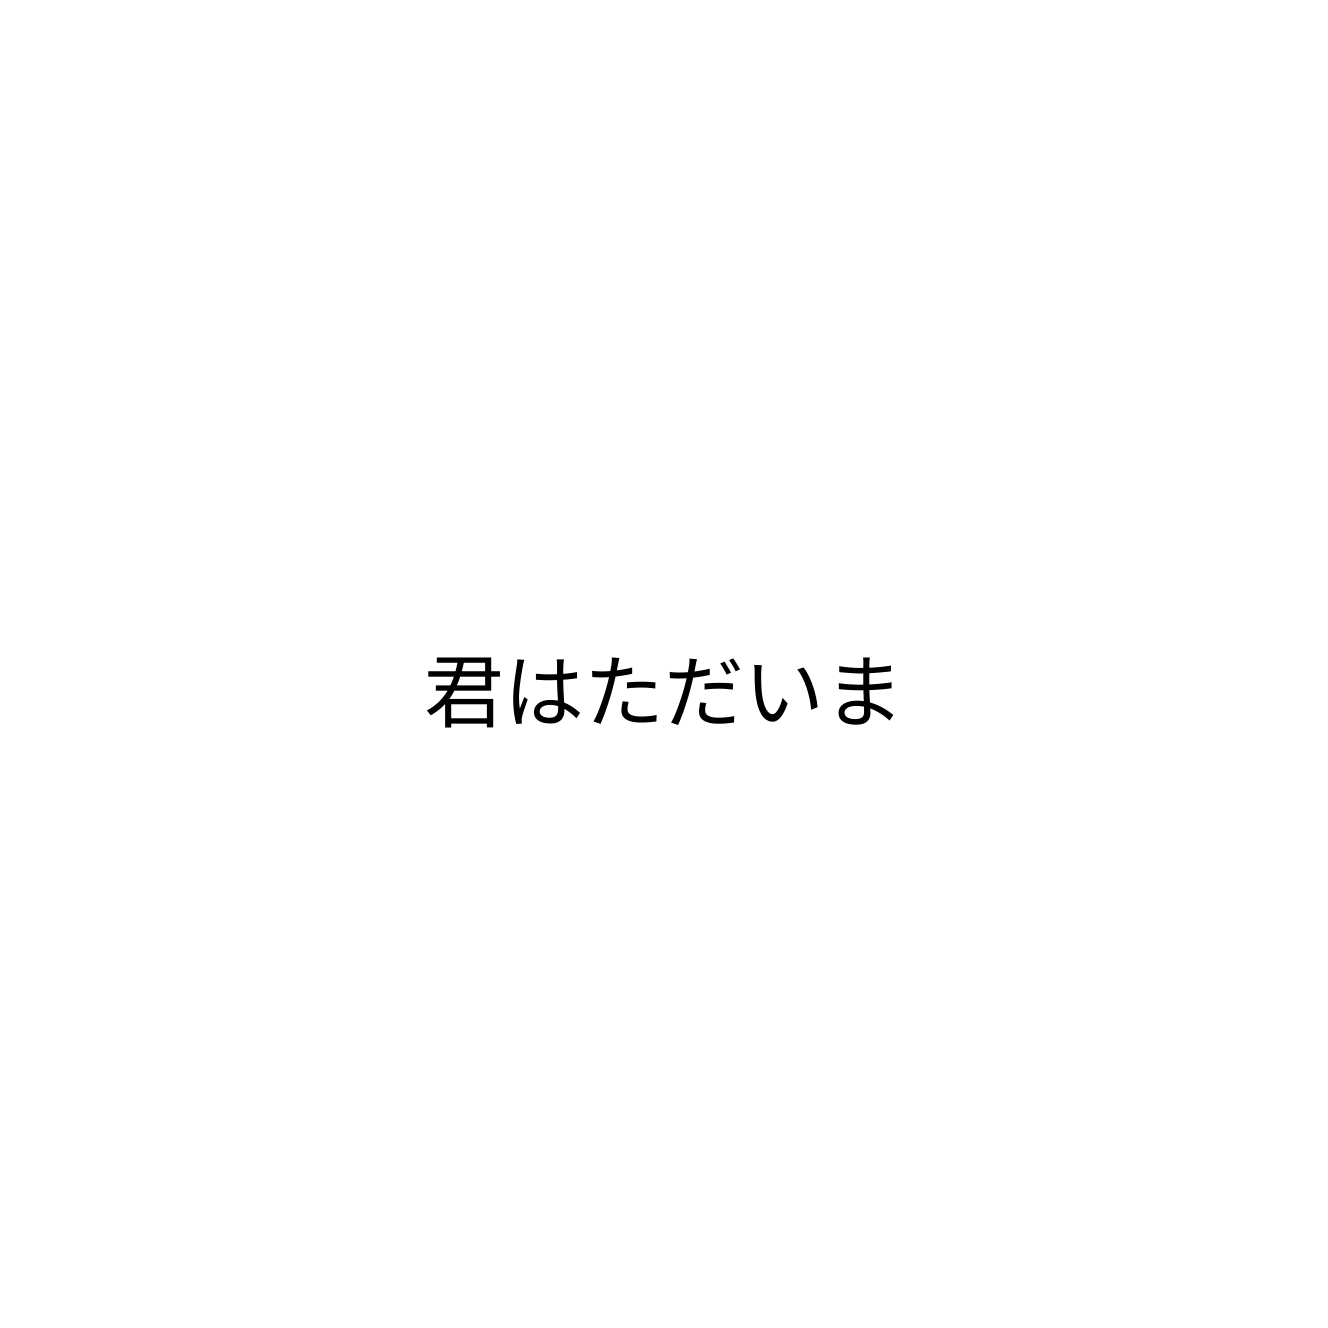
君はただいま